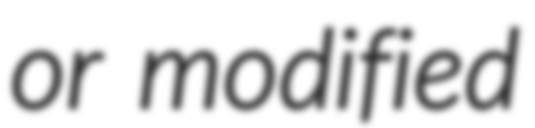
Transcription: or modified